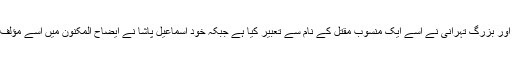
متاخرین میں سے اسماعیل پاشا اور بزرگ تہرانی نے اسے ایک منسوب مقتل کے نام سے تعبیر کیا ہے جبکہ خود اسماعیل پاشا نے ایضاح المکنون میں اسے مؤلف کے نام کے بغیر ذکر کیا ہے ۔